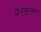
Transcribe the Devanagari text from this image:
बैनकूलन